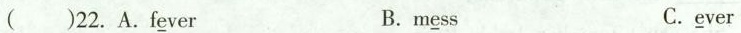
( )22. A.f\underline{e}ver B. m\underline{e}ss C.\underline{e}ver